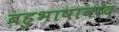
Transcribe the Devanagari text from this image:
बहुभाषावाद